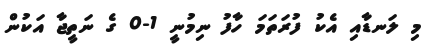
މި ލަނޑާއި އެކު ފުރަތަމަ ހާފު ނިމުނީ 1-0 ގެ ނަތީޖާ އަކުން